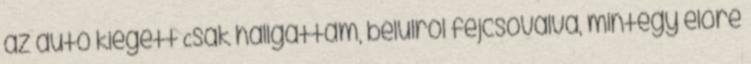
az autó kiégett Csak hallgattam, belül­ről fejcsóválva, mintegy előre